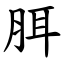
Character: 䏪